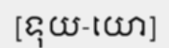
[ទុយ-យោ]